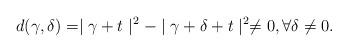
LaTeX: \begin{align*}d(\gamma,\delta)=\mid\gamma+t\mid^{2}-\mid\gamma+\delta+t\mid^{2}\neq0,\text{}\forall\delta\neq0.\end{align*}